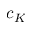
c _ { K }